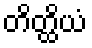
တိတ္ထိယံ